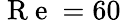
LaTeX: \mathrm{~R~e~}=60